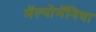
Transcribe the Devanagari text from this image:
मॅल्पोमॅनिया